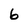
Character: 6